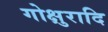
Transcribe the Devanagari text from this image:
गोक्षुरादि